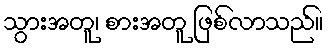
သွားအတူ၊ စားအတူ ဖြစ်လာသည်။